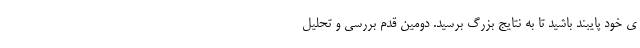
ی خود پایبند باشید تا به نتایج بزرگ برسید. دومین قدم بررسی و تحلیل